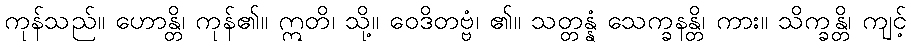
ကုန်သည်။ ဟောန္တိ၊ ကုန်၏။ ဣတိ၊ သို့။ ဝေဒိတဗ္ဗံ၊ ၏။ သတ္တန္နံ သေက္ခနန္တိ၊ ကား။ သိက္ခန္တိ၊ ကျင့်